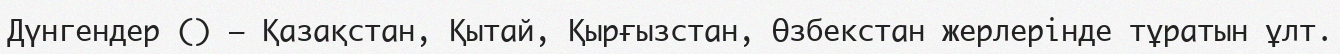
Дүнгендер () — Қазақстан, Қытай, Қырғызстан, Өзбекстан жерлерінде тұратын ұлт.